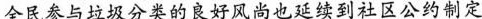
全民参与垃圾分类的良好风尚也延续到社区公约制定